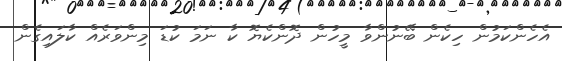
އެހެންކަމުން ހިކެން ބޭނުންވާ މީހުން ދޮންކެޔޮ ކާ ނަމަ ކުޑަ މިންވަރެއް ކާލައިގެން